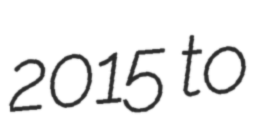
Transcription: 2015 to